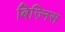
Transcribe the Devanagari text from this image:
बिज़्निस